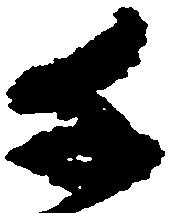
千